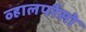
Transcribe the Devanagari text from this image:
व्हालपरैसो